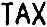
TAX